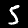
Digit: 5